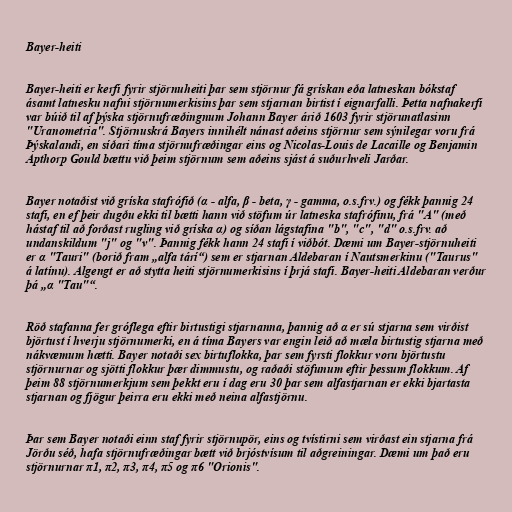
Bayer-heiti

Bayer-heiti er kerfi fyrir stjörnuheiti þar sem stjörnur fá grískan eða latneskan bókstaf
ásamt latnesku nafni stjörnumerkisins þar sem stjarnan birtist í eignarfalli. Þetta nafnakerfi
var búið til af þýska stjörnufræðingnum Johann Bayer árið 1603 fyrir stjörunatlasinn
"Uranometria". Stjörnuskrá Bayers innihélt nánast aðeins stjörnur sem sýnilegar voru frá
Þýskalandi, en síðari tíma stjörnufræðingar eins og Nicolas-Louis de Lacaille og Benjamin
Apthorp Gould bættu við þeim stjörnum sem aðeins sjást á suðurhveli Jarðar.

Bayer notaðist við gríska stafrófið (α - alfa, β - beta, γ - gamma, o.s.frv.) og fékk þannig 24
stafi, en ef þeir dugðu ekki til bætti hann við stöfum úr latneska stafrófinu, frá "A" (með
hástaf til að forðast rugling við gríska α) og síðan lágstafina "b", "c", "d" o.s.frv. að
undanskildum "j" og "v". Þannig fékk hann 24 stafi í viðbót. Dæmi um Bayer-stjörnuheiti
er α "Tauri" (borið fram „alfa tárí“) sem er stjarnan Aldebaran í Nautsmerkinu ("Taurus"
á latínu). Algengt er að stytta heiti stjörnumerkisins í þrjá stafi. Bayer-heiti Aldebaran verður
þá „α "Tau"“.

Röð stafanna fer gróflega eftir birtustigi stjarnanna, þannig að α er sú stjarna sem virðist
björtust í hverju stjörnumerki, en á tíma Bayers var engin leið að mæla birtustig stjarna með
nákvæmum hætti. Bayer notaði sex birtuflokka, þar sem fyrsti flokkur voru björtustu
stjörnurnar og sjötti flokkur þær dimmustu, og raðaði stöfunum eftir þessum flokkum. Af
þeim 88 stjörnumerkjum sem þekkt eru í dag eru 30 þar sem alfastjarnan er ekki bjartasta
stjarnan og fjögur þeirra eru ekki með neina alfastjörnu.

Þar sem Bayer notaði einn staf fyrir stjörnupör, eins og tvístirni sem virðast ein stjarna frá
Jörðu séð, hafa stjörnufræðingar bætt við brjóstvísum til aðgreiningar. Dæmi um það eru
stjörnurnar π1, π2, π3, π4, π5 og π6 "Orionis".